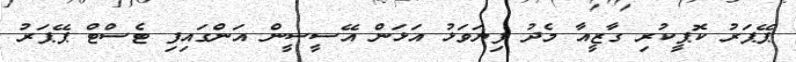
ޕޭޕަރު ކޮޕީކުރި ގާޒީއާ މެދު ފިޔަވަޅު އަޅަން އޭސީސީން އަންގައިފި ޓެސްޓް ޕޭޕަރު